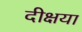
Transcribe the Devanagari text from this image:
दीक्षया